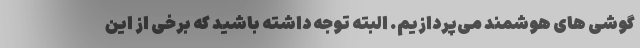
گوشی های هوشمند می‌پردازیم. البته توجه داشته باشید که برخی از این